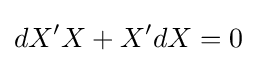
dX'X+X'dX=0